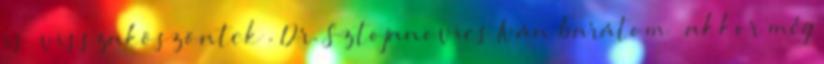
is „visszaköszöntek”. Dr. Sztojanovics Iván barátom – akkor még